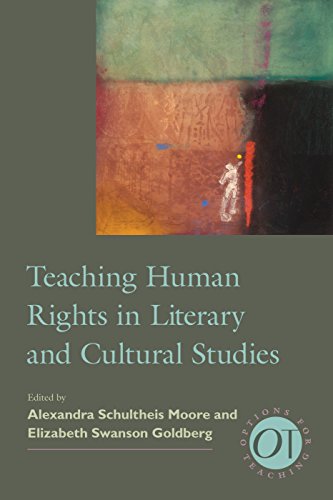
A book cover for Teaching Human Rights in Literary and Cultural Studies (Options for Teaching); Gay & Lesbian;